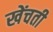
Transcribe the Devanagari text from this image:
खेंचती